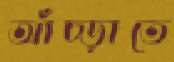
আঁচ্‌ড়াতে